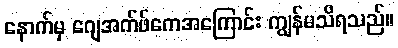
နောက်မှ ဂျေအက်ဖ်ကေအကြောင်း ကျွန်မသိရသည်။